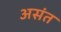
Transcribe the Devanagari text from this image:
असंत